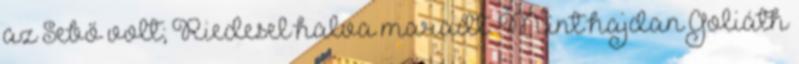
az Sebő volt; Riedesel halva maradt. Mint hajdan Goliáth